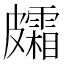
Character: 𥀸